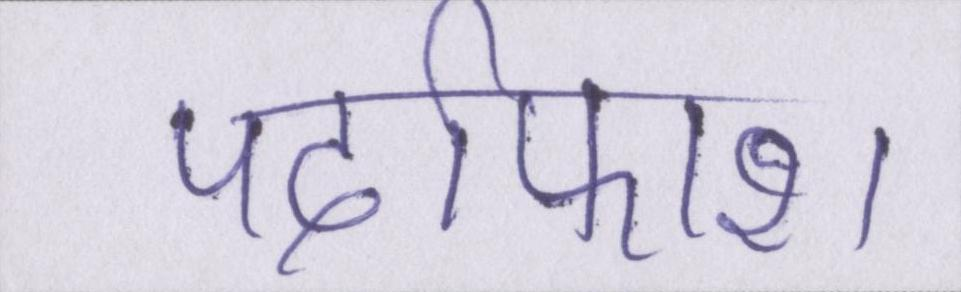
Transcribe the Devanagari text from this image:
पर्दाफाश